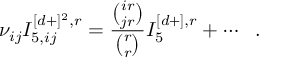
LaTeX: \nu _ { i j } I _ { 5 , i j } ^ { [ d + ] ^ { 2 } , r } = \frac { { \binom { i r } { j r } } } { { \binom { r } { r } } } I _ { 5 } ^ { [ d + ] , r } + \cdots ~ ~ .